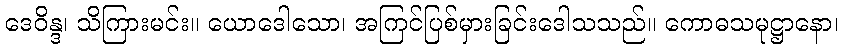
ဒေဝိန္ဒ၊ သိကြားမင်း။ ယောဒေါသော၊ အကြင်ပြစ်မှားခြင်းဒေါသသည်။ ကောဓသမုဋ္ဌာနော၊